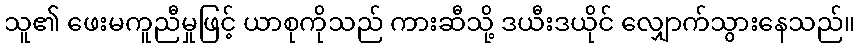
သူ၏ ဖေးမကူညီမှုဖြင့် ယာစုကိုသည် ကားဆီသို့ ဒယီးဒယိုင် လျှောက်သွားနေသည်။